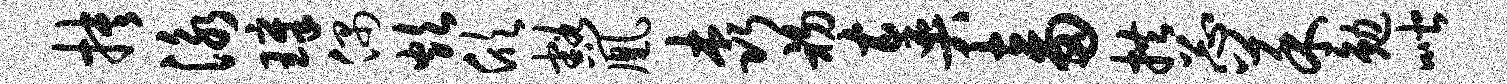
抉泳璋偶炊欣豁凰森初奏畜拱忐菜勉喈